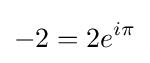
-2=2e^{i\pi }